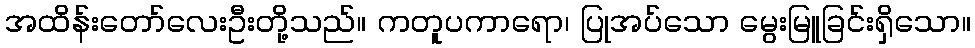
အထိန်းတော်လေးဦးတို့သည်။ ကတူပကာရော၊ ပြုအပ်သော မွေးမြူခြင်းရှိသော။